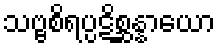
သဗ္ဗစိရပ္ပဋိစ္ဆန္နာယော